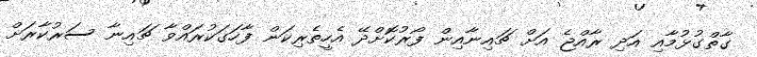
ގާތްގުޅުމާއި އަދި ރާއްޖެ އަށް ޗައިނާއިން ފޯރުކޮށްދޭ އެހީތެރިކަން ފާހަގަކުރައްވާ ޗައިނާ ސަރުކާރަށް